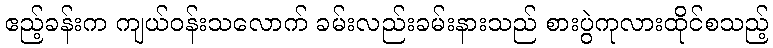
ဧည့်ခန်းက ကျယ်ဝန်းသလောက် ခမ်းလည်းခမ်းနားသည် စားပွဲကုလားထိုင်စသည့်